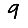
Digit: 9